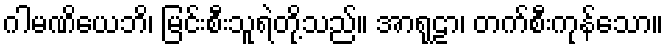
ဂါမဏိယေဘိ၊ မြင်းစီးသူရဲတို့သည်။ အာရုဠာ၊ တက်စီးကုန်သော။